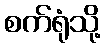
စက်ရုံသို့